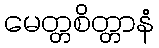
မေတ္တစိတ္တာနံ